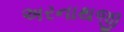
અરનાથજી